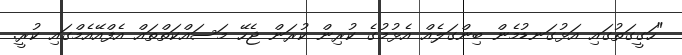
"ހަގީގަތުގައި އަޅުގަނޑުމެން ބިންގަލެއް އެޅުމުގެ ކުރިން ކުރަން ޖެހޭ މަސައްކަތްތައް އެފްއޭއެމްގައި ކުރީ.